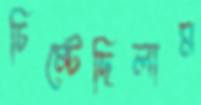
চিম্‌টেছিলাম